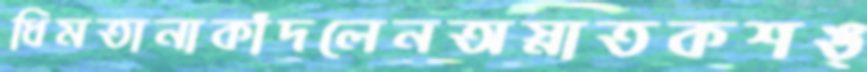
ধিমতানাকাঁদলেনঅস্নাতকশঙ্